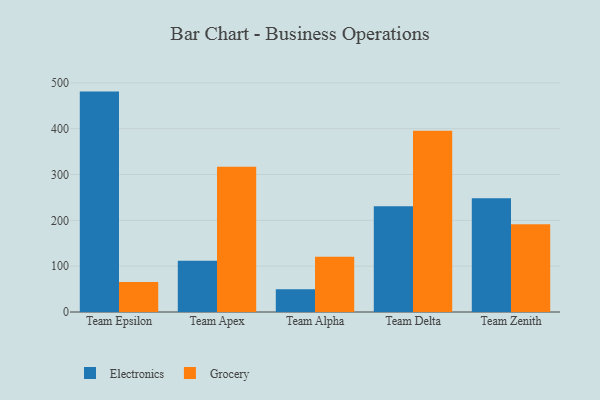
{"axis": {"x": "Team", "y": "Churn Rate (%)"}, "legend": ["Electronics", "Grocery"], "data": [{"x": "Team Epsilon", "y": 480.9, "type": "Electronics"}, {"x": "Team Epsilon", "y": 65.7, "type": "Grocery"}, {"x": "Team Apex", "y": 111.7, "type": "Electronics"}, {"x": "Team Apex", "y": 316.8, "type": "Grocery"}, {"x": "Team Alpha", "y": 49.7, "type": "Electronics"}, {"x": "Team Alpha", "y": 120.4, "type": "Grocery"}, {"x": "Team Delta", "y": 230.5, "type": "Electronics"}, {"x": "Team Delta", "y": 395.3, "type": "Grocery"}, {"x": "Team Zenith", "y": 248.4, "type": "Electronics"}, {"x": "Team Zenith", "y": 191.7, "type": "Grocery"}]}